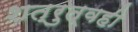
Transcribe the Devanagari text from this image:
शत्रुत्वही